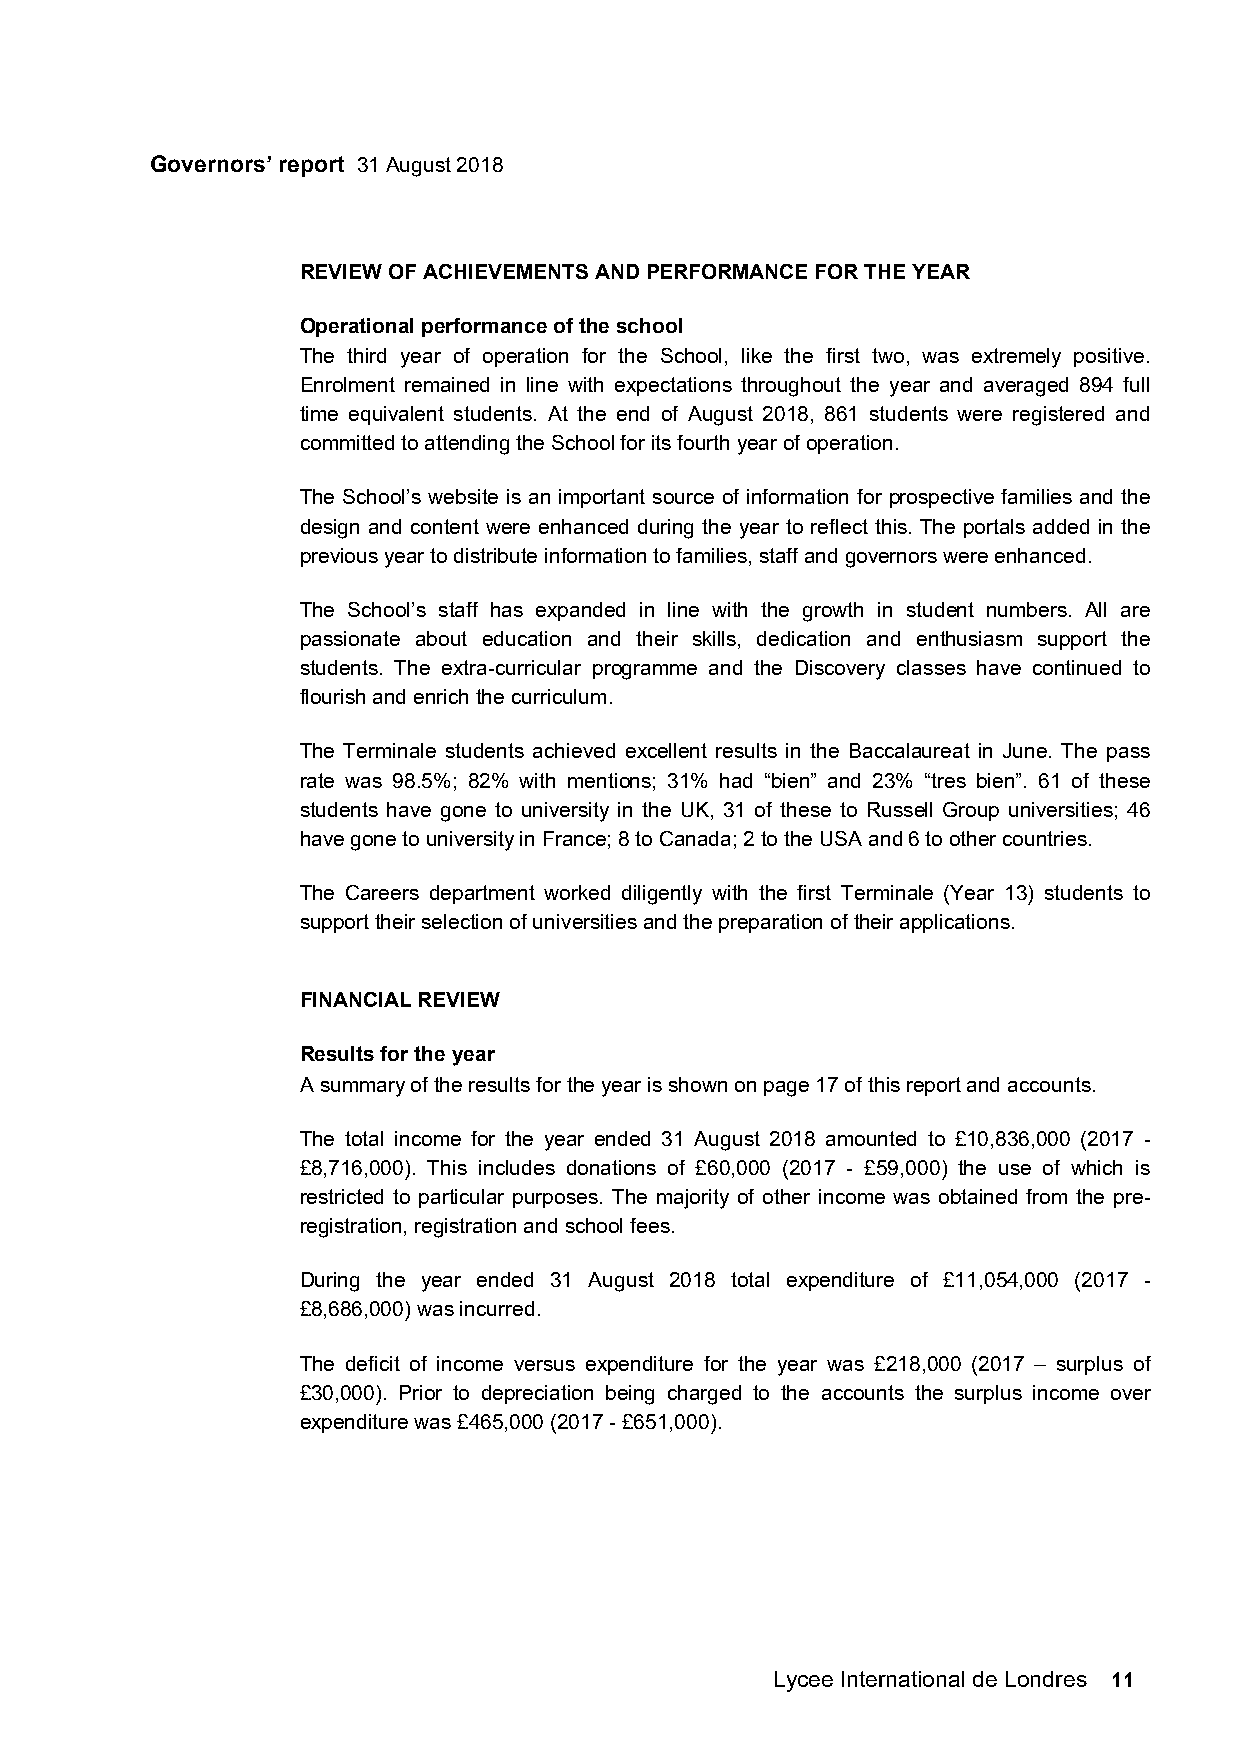
Governors’ report 31 August 2018
 REVIEW OF ACHIEVEMENTS AND PERFORMANCE FOR THE YEAR
 Operational performance of the school
 The third year of operation for the School, like the first two, was extremely positive.
 Enrolment remained in line with expectations throughout the year and averaged 894 full
 time equivalent students. At the end of August 2018, 861 students were registered and
 committed to attending the School for its fourth year of operation.
 The School’s website is an important source of information for prospective families and the
 design and content were enhanced during the year to reflect this. The portals added in the
 previous year to distribute information to families, staff and governors were enhanced.
 The School’s staff has expanded in line with the growth in student numbers. All are
 passionate about education and their skills, dedication and enthusiasm support the
 students. The extra-curricular programme and the Discovery classes have continued to
 flourish and enrich the curriculum.
 The Terminale students achieved excellent results in the Baccalaureat in June. The pass
 rate was 98.5%; 82% with mentions; 31% had “bien” and 23% “tres bien”. 61 of these
 students have gone to university in the UK, 31 of these to Russell Group universities; 46
 have gone to university in France; 8 to Canada; 2 to the USA and 6 to other countries.
 The Careers department worked diligently with the first Terminale (Year 13) students to
 support their selection of universities and the preparation of their applications.
 FINANCIAL REVIEW
 Results for the year
 A summary of the results for the year is shown on page 17 of this report and accounts.
 The total income for the year ended 31 August 2018 amounted to £10,836,000 (2017 -
 £8,716,000). This includes donations of £60,000 (2017 - £59,000) the use of which is
 restricted to particular purposes. The majority of other income was obtained from the pre-
 registration, registration and school fees.
 During the year ended 31 August 2018 total expenditure of £11,054,000 (2017 -
 £8,686,000) was incurred.
 The deficit of income versus expenditure for the year was £218,000 (2017 – surplus of
 £30,000). Prior to depreciation being charged to the accounts the surplus income over
 expenditure was £465,000 (2017 - £651,000).
 Lycee International de Londres 11